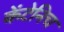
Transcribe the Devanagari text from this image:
केंटेनिच